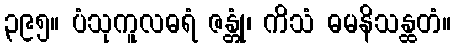
၃၉၅။ ပံသုကူလဓရံ ဇန္တုံ၊ ကိသံ ဓမနိသန္ထတံ။